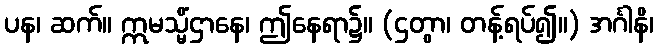
ပန၊ ဆက်။ ဣမသ္မိံဌာနေ၊ ဤနေရာ၌။ (ဌတွာ၊ တန့်ရပ်၍။) အင်္ဂါနိ၊